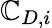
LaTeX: \mathbb{C}_{D,i}